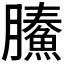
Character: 𩹙